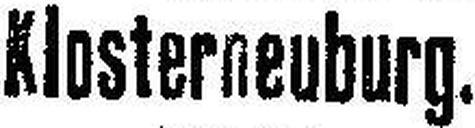
Klosterneuburg.